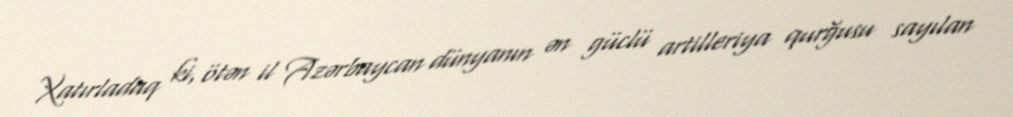
Xatırladaq ki, ötən il Azərbaycan dünyanın ən güclü artilleriya qurğusu sayılan